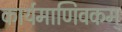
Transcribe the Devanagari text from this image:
कार्यमाणिवकम्